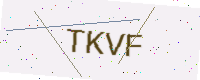
Text: TKVF